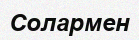
Солармен